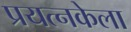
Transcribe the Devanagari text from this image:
प्रयत्नकेला